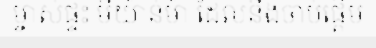
ម្ចាស់ផ្ទះ មីយ៉ាន់ម៉ា ដែលនឹងចាប់ផ្តើម